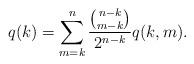
LaTeX: \begin{align*}q(k) = \sum_{m=k}^n \frac{{n-k \choose m-k}}{2^{n-k}} q(k,m).\end{align*}